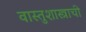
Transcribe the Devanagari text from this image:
वास्तुशास्त्राची